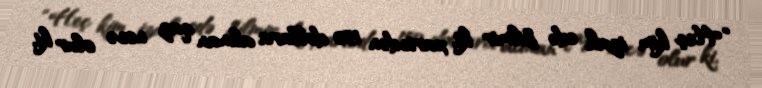
“Heç kim izah edə bilmir ki, xaricdən 150 dollara alınan qaz necə olur ki,